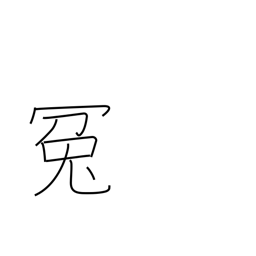
Meaning: false charge